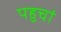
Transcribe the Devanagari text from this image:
पहुचां